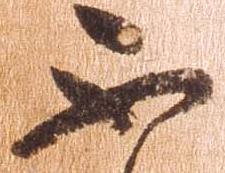
不